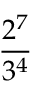
\frac { 2 ^ { 7 } } { 3 ^ { 4 } }